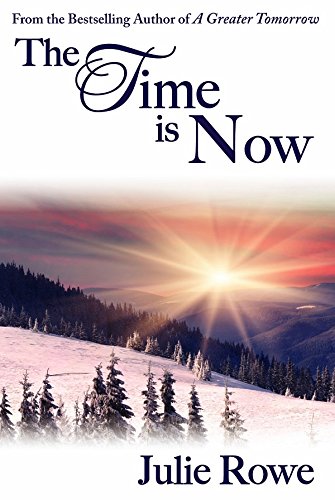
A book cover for The Time Is Now; Julie Rowe; Christian Books & Bibles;